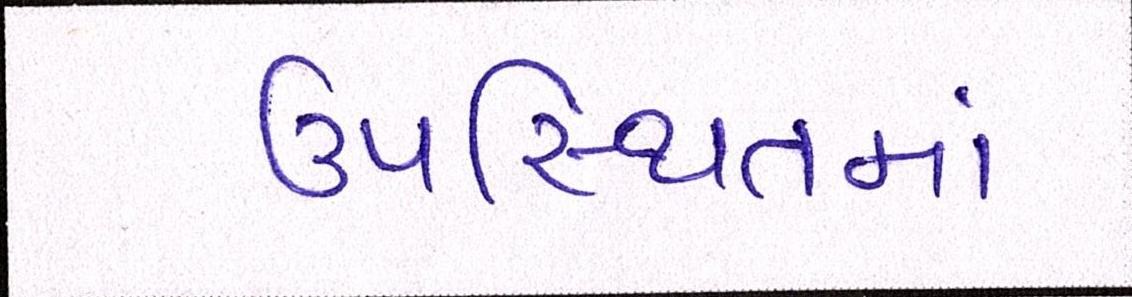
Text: ઉપસ્થિતમાં